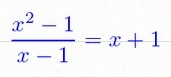
\frac{x^2-1}{x-1}=x+1